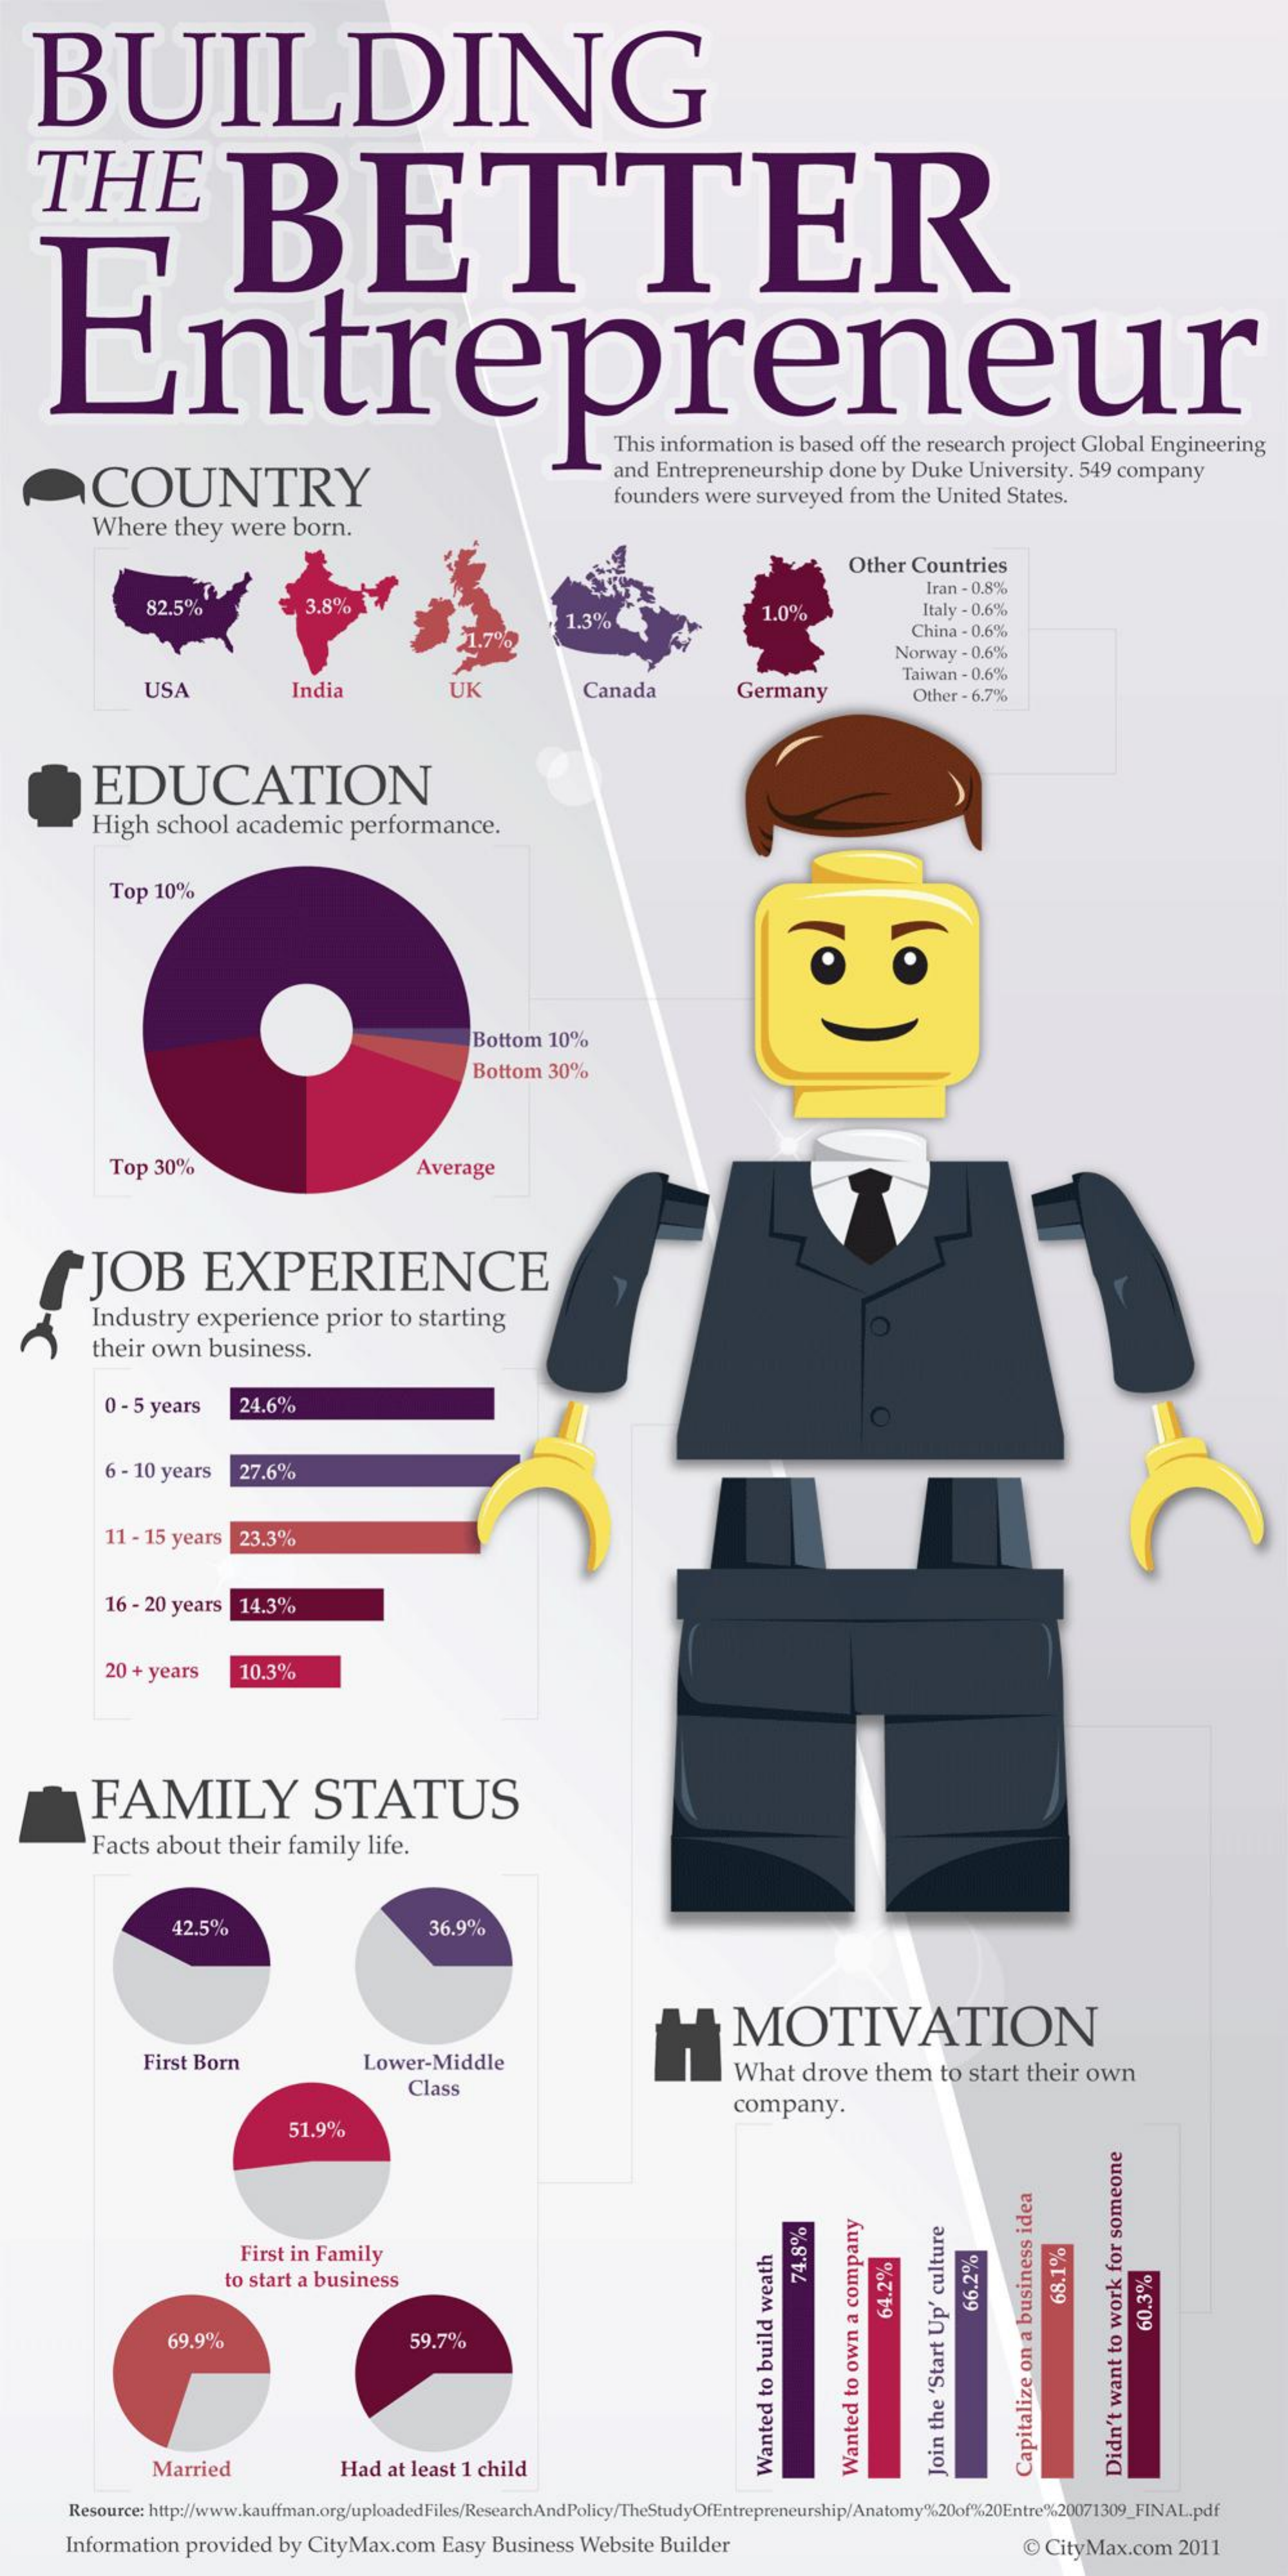
BUILDING
    THE
     BETTER
    Entrepreneur
     This information   is based off the research project Global  Engineering
     COUNTRY
     and Entrepreneurship    done  by Duke   University.  549 company
     founders  were  surveyed   from the United   States.
     Where    they  were   born.
     Other  Countries
     3.8%
     Iran - 0,8%
     82.5%    1.0%    Italy - 0,6%
     .7%
     1.3%
     China - 0.6%
     Norway - 0.6%
     USA    India    UK    Canada    Germany
     Taiwan - 0.6%
     Other - 6.7%
     EDUCATION
     High   school   academic    performance.
     Top  10%
     Bottom  10%
     Bottom  30%
     Top  30%    Average
     JOB    EXPERIENCE
     Industry   experience    prior  to starting
     their own    business.
     0 - 5 years    24.6%
     O
     6 - 10 years    27.6%
     11 - 15 years   23.3%
     16 - 20 years   14.3%
     20 + years    10.3%
     FAMILY    STATUS
     Facts  about   their family    life.
     42.5%    36.9%
     MOTIVATION
     First Born    Lower-Middle
     Class
     What   drove   them    to start their  own
     company.
     51.9%
     First in Family
     to start a business
     74.8%    68.1% 66.2% 64.2%
     69.9%    59.7%
     60.3%
     Married    Had  at least 1 child
     Wanted
     to
     build
     weath
     Wanted
     to
     own
     a
     company
     Didn't
     want
     to
     work
     for
     someone
     Join
     the
     'Start
     Up'
     culture
     Capitalize
     on
     a
     business
     idea
     Resource: http://www.kauffman.org/uploadedFiles/ResearchAndPolicy/TheStudyOfEntrepreneurship/Anatomy%20of%20Entre%20071309_FINAL.pdf
     Information  provided   by CityMax.com    Easy  Business  Website  Builder    @  CityMax.com    2011